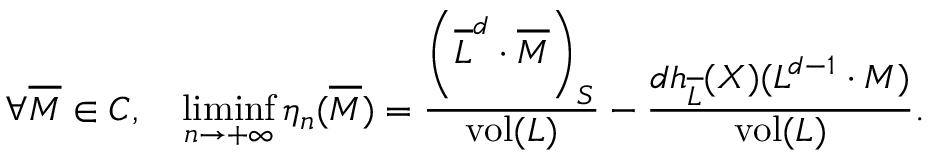
\begin{array} { r } { \forall \overline { { M } } \in C , \quad \displaystyle \operatorname* { l i m i n f } _ { n \to + \infty } \eta _ { n } ( \overline { { M } } ) = \frac { \left( \overline { { L } } ^ { d } \cdot \overline { { M } } \right) _ { S } } { \operatorname { v o l } ( L ) } - \frac { d h _ { \overline { { L } } } ( X ) ( L ^ { d - 1 } \cdot M ) } { \operatorname { v o l } ( L ) } . } \end{array}